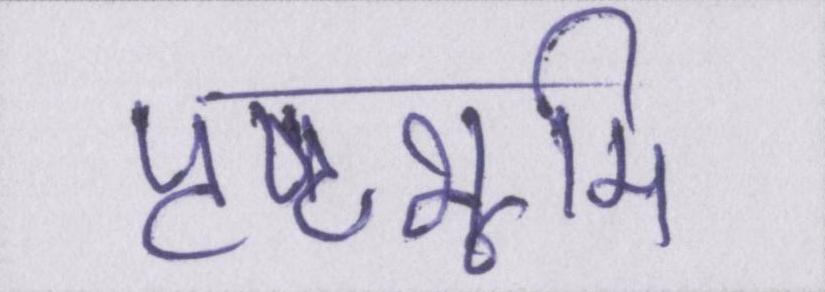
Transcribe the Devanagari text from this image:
पृष्ठभूमि